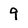
Character: 9